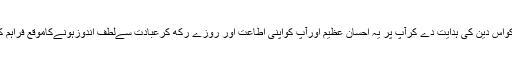
آپ مبارکباد کےمستحق ہیں کہ اللہ تعالی نےآپ کواس دین کی ہدایت دے کرآپ پر یہ احسان عظیم اورآپ کواپنی اطاعت اور روزے رکھ کرعبادت سےلطف اندوزہونےکاموقع فراہم کیا ہےیہ روزے بہت عظیم اورافضل عبادت ہے ۔